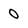
Character: 0